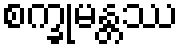
စက္ခုမန္တဿ